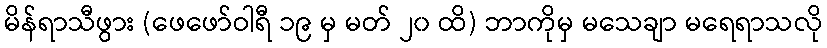
မိန်ရာသီဖွား (ဖေဖော်ဝါရီ ၁၉ မှ မတ် ၂၀ ထိ) ဘာကိုမှ မသေချာ မရေရာသလို